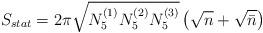
LaTeX: \begin{align*}S_{stat} = 2\pi \sqrt{N_5^{(1)} N_5^{(2)} N_5^{(3)}} \left(\sqrt{n} +\sqrt{\bar{n}}\right)\end{align*}